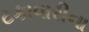
ટકાવારીના